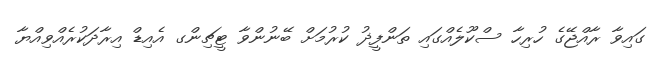
ގައިވާ ރާއްޖޭގެ ހުރިހާ ސްކޫލެއްގައި ތަންފީޛު ކުރުމަށް ބޭނުންވާ ޓީޗިންގ އެއިޑް އިރާދަކުރެއްވިއްޔާ